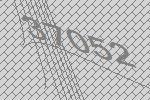
37052